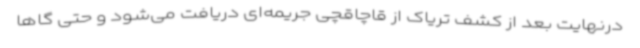
درنهایت بعد از کشف تریاک از قاچاقچی جریمه‌ای دریافت می‌شود و حتی گاها